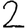
Digit: 2